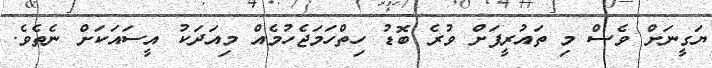
ޔަގީނަށް ވެސް މި ތައުރީފަށް ވުރެ ބޮޑު ހިތްހަމަޖެހުމެއް މިއަދަކު އީސައަކަށް ނެތެވެ.